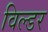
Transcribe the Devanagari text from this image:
विल्डर